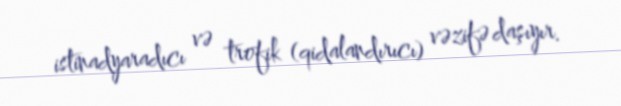
istinadyaradıcı və trofik (qidalandırıcı) vəzifə daşıyır.